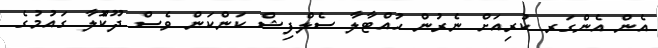
އެން އެންގަރ ކުރިއަށް ނެރުން ހުއްޓާލާ ސެލްފިޝް ކަންކަން ވެސް ދޫކޮްލާ ގައުމުގެ